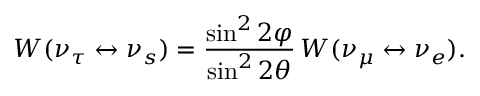
W ( \nu _ { \tau } \leftrightarrow \nu _ { s } ) = \frac { \sin ^ { 2 } 2 \varphi } { \sin ^ { 2 } 2 \theta } \, W ( \nu _ { \mu } \leftrightarrow \nu _ { e } ) .